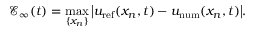
\mathcal { E } _ { \infty } ( t ) = \operatorname* { m a x } _ { \{ x _ { n } \} } \big \lvert u _ { \mathrm { r e f } } ( x _ { n } , t ) - u _ { \mathrm { n u m } } ( x _ { n } , t ) \big \rvert .